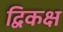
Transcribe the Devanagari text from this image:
द्विकक्ष